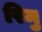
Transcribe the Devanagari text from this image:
रिमु